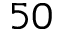
5 0